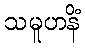
သမူဟနိံ